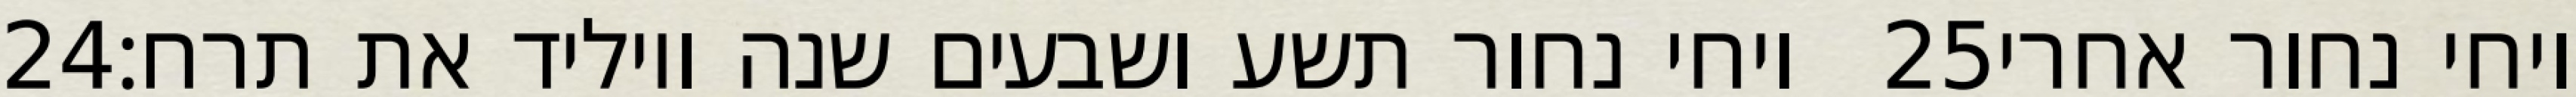
‎24‏ ויחי נחור תשע ושבעים שנה ויוליד את תרח׃ ‎25‏ ויחי נחור אחרי